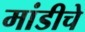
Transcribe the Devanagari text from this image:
मांडीचे